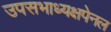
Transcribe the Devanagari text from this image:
उपसभाध्यक्षपेनल